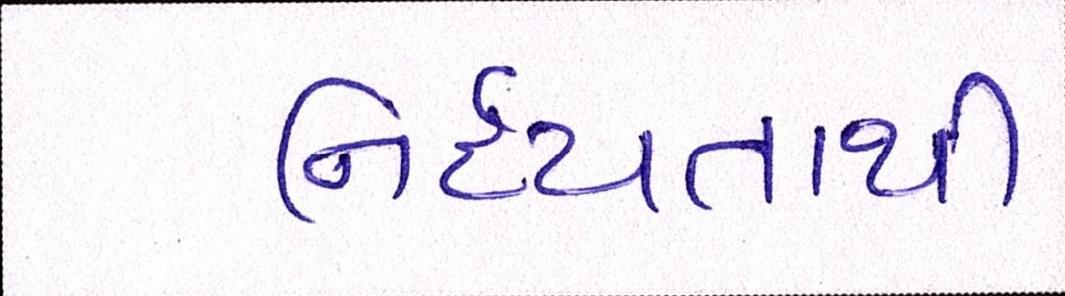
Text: નિર્દયતાથી